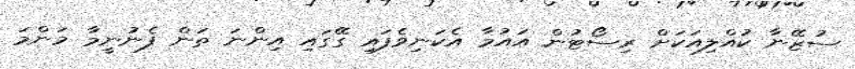
ސުޒޭނާ ކުއްލިއަކަށް ރިސޯޓުން އައުމާ އެކަނިވެފައި ގޭގައި އިންނަ ތަން ފެނުނީމާ މަންމަ